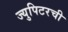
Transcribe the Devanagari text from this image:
ज्युपिटरची